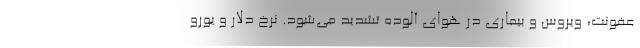
عفونت‌، ویروس و بیماری در هوای آلوده تشدید می‌شود. نرخ دلار و یورو